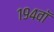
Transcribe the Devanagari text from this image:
१९४वॉ